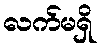
လက်မရှိ